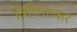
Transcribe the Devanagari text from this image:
विविक्तकर